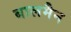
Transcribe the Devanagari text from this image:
बालमैन